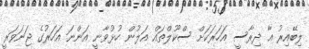
ލިބޭއިރު އާ ދިރާސީ އަހަރަކަށް ސްކޫލްތައް އަލުން ހުޅުވާނީ އަންނަ އަހަރުގެ ޖަނަވަރީ